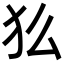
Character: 𬌫